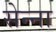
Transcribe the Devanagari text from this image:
सेन्‍ना